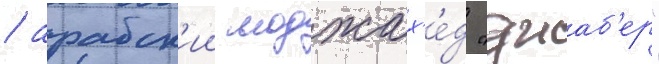
/ арабск'ии моджах'е́д "джаб'ер"